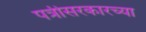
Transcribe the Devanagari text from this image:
पत्रीसरकारच्या